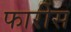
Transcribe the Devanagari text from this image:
फारीस